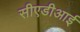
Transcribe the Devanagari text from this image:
सीएडीआई